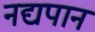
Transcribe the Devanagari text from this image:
नद्यपान